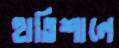
হাতিশালে